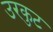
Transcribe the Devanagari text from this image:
उरकुट